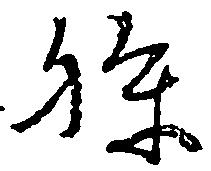
孫